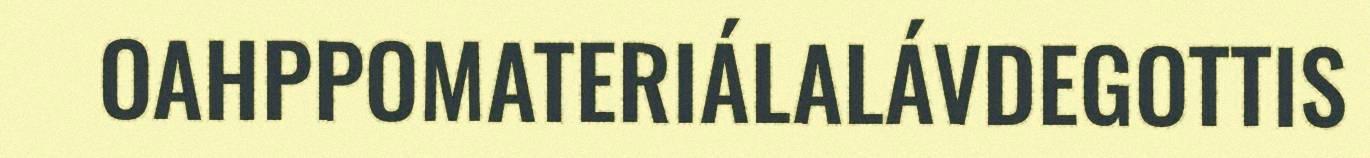
OAHPPOMATERIÁLALÁVDEGOTTIS